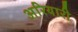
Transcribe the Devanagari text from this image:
अरियारी